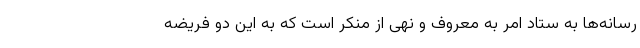
رسانه‌ها به ستاد امر به معروف و نهی از منکر است که به این دو فریضه